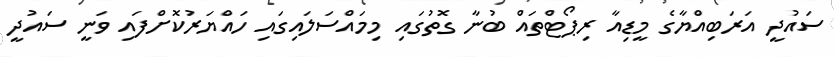
ސައުދީ އަރަބިއްޔާގެ މީޑިއާ ރިޕޯޓްތައް ބުނާ ގޮތުގައި މިމައްސަލައިގައި ހައްޔަރުކޮށްފައި ވަނީ ސައުދީ